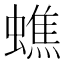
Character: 蟭